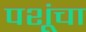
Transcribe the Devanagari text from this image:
पशूंचा